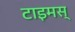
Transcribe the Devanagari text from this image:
टाइमस्